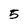
Character: 5